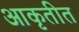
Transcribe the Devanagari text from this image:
आकृतीत